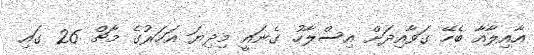
އާއިލާއާ ބެހޭ ގަވާއިދަށް އިސްލާހު ގެނައީ މިދިޔަ އަހަރުގެ މާޗް 26 ގައި